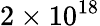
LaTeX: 2\times 10^{18}